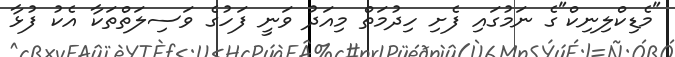
"މެޑިކްލިނިކް"ގެ ނަމުގައި ފެށި ހިދުމަތް މިއަދު ވަނީ ފަހުގެ ވަސިލަތްތަކާ އެކު ފުޅާ